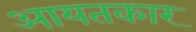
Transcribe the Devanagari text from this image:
आयतकार